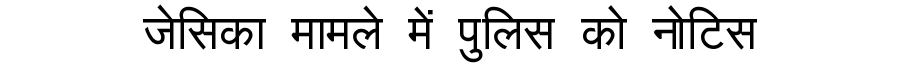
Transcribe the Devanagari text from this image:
जेसिका मामले में पुलिस को नोटिस